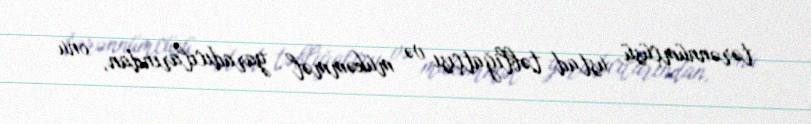
tərənnümçüsü, ustad təbliğatçısı və mükəmməl yaradıcılarından, onu